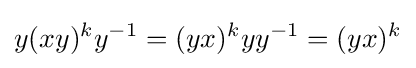
y(xy)^{k}y^{-1}=(yx)^{k}yy^{-1}=(yx)^{k}